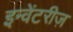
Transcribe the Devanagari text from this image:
इन्वेंटरीज़